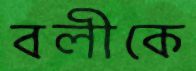
বলীকে